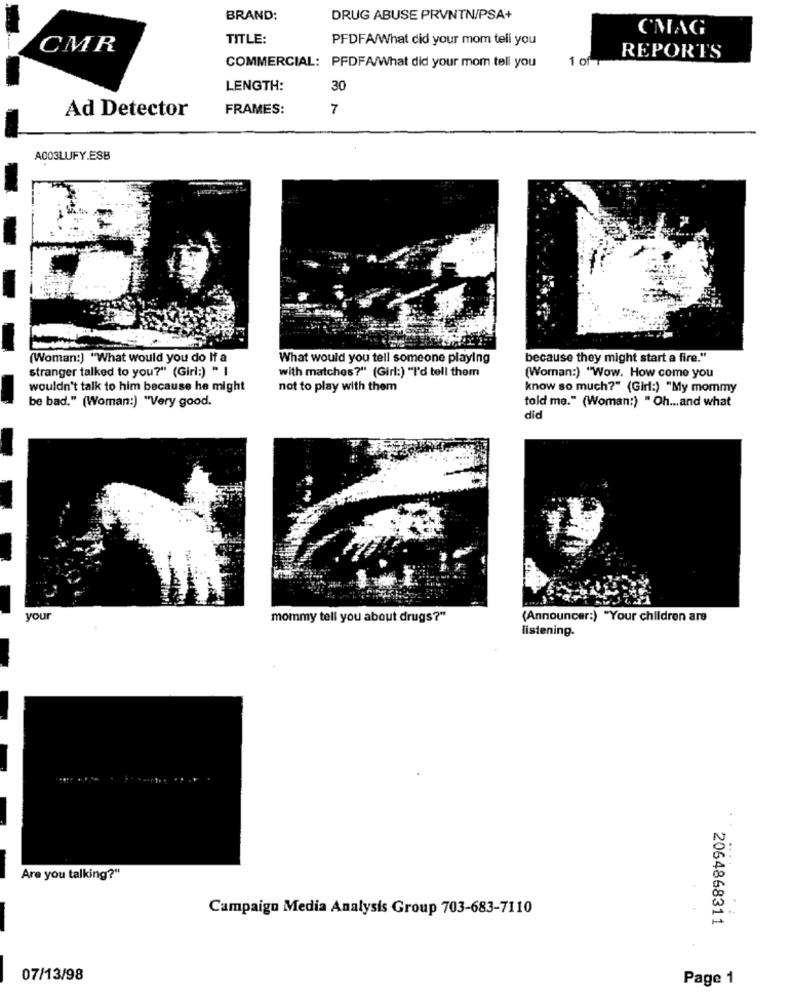
BRAND:
DRUG ABUSE PRVNTN/PSA+
CMAG
TITLE:
PFDFA/What did your mom tell you
CMR
1 of 1
REPORTS
COMMERCIAL: PFDFA/What did your mom tell you
LENGTH:
30
FRAMES:
7
Ad Detector
A003LUFY.ESB
(Woman:) "What would you do If a
What would you tell someone playing
because they might start a fire."
stranger talked to you?" (Girl:) " I
with matches?" (Girl:) "I'd tell them
(Woman:) "Wow. How come you
wouldn't talk to him because he might
not to play with them
know so much?" (Girl:) "My mommy
be bad." (Woman:) "Very good.
told me." (Woman:) " Oh ... and what
did
your
mommy tell you about drugs?"
(Announcer:) "Your children are
listening.
Are you talking?"
: .
Campaign Media Analysis Group 703-683-7110
2064868311
07/13/98
Page 1